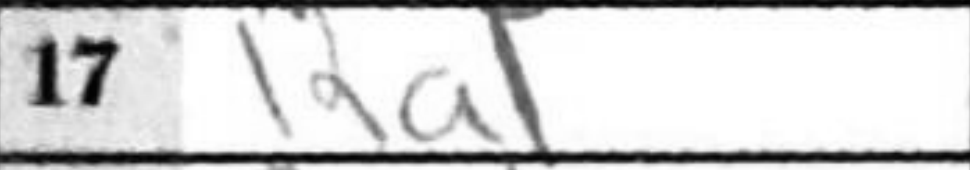
Transcription: Ra1